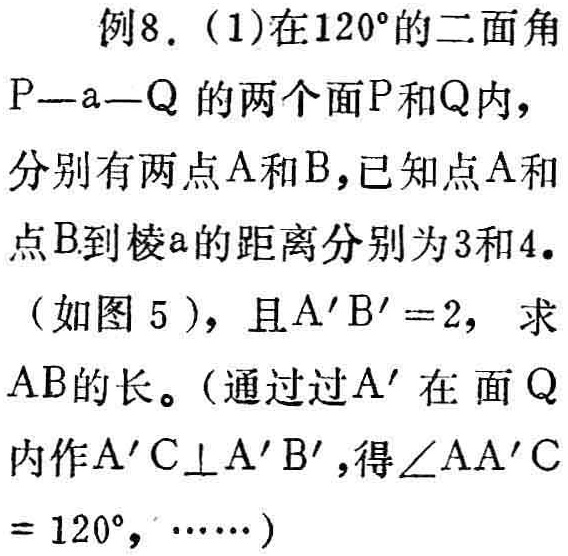
例8. (1)在\(120^{\circ}\)的二面角\(P—a—Q\)的两个面\(P\)和\(Q\)内，分别有两点\(A\)和\(B\)，已知点\(A\)和点\(B\)到棱\(a\)的距离分别为\(3\)和\(4\)。（如图5），且\(A'B' = 2\)，求\(AB\)的长。（通过过\(A'\)在面\(Q\)内作\(A'C\perp A'B'\)，得\(\angle AA'C = 120^{\circ}\)，\(\cdots\cdots\)）